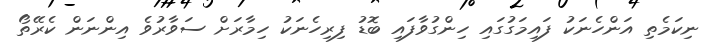
ނިކަމެތި އަންހެނަކު ފައިމަގުގައި ހިންގުވާފައި ބޮޑު ފިރިހެނަކު ހިމާރަށް ސަވާރުވެ އިންނަން ކެރޭތޯ